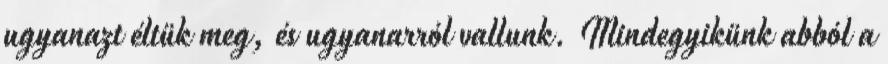
ugyanazt éltük meg, és ugyanarról vallunk. Mindegyikünk abból a